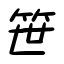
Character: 笹